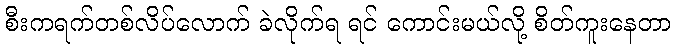
စီးကရက်တစ်လိပ်လောက် ခဲလိုက်ရ ရင် ကောင်းမယ်လို့ စိတ်ကူးနေတာ